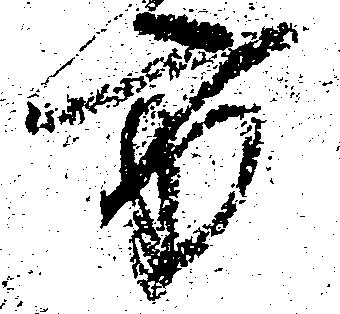
方